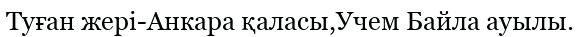
Туған жері-Анкара қаласы,Учем Байла ауылы.